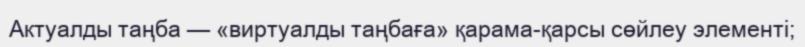
Актуалды таңба — «виртуалды таңбаға» қарама-қарсы сөйлеу элементі;